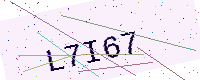
Text: L7I67